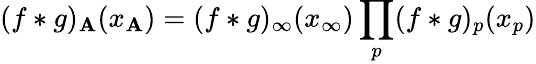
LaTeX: (f\ast g)_{\mathbf A}(x_{\mathbf A})=(f\ast g)_{\infty}(x_{\infty})\prod_{p}(f\ast g)_{p}(x_{p})